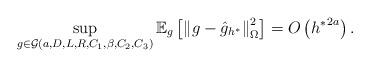
LaTeX: \begin{align*}\sup_{g\in \mathcal{G}(a,D,L,R,C_1,\beta, C_2, C_3)}\mathbb{E}_g\left[ \left\|g-\hat{g}_{h^*}\right\|_{\Omega}^2 \right] = O\left( {{h^*}}^{2a} \right). \end{align*}